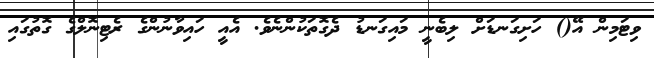
ވިޓަމިން އޭ() ހަށިގަނޑަށް ލިބެނީ މައިގަނޑު ދެގޮތަކުންނެވެ. އެއީ ހައިވާނުންގެ ރެޓިނޮލްގެ ގޮތުގައި